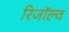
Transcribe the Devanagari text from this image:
रिजॉल्व